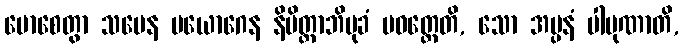
မောစေတွာ သမေန ပယောဂေန နိမိတ္တာဘိမုခံ ပဝတ္တေတိ, သော အပ္ပနံ ပါပုဏာတိ,